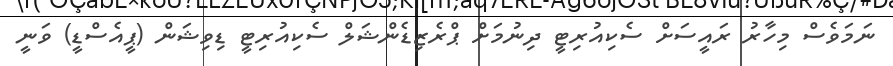
ނަމަވެސް މިހާރު ރައީސަށް ސެކިއުރިޓީ ދިނުމަށް ޕްރެޒިޑެންޝަލް ސެކިއުރިޓީ ޑިވިޝަން (ޕީއެސްޑީ) ވަނީ